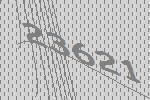
23621